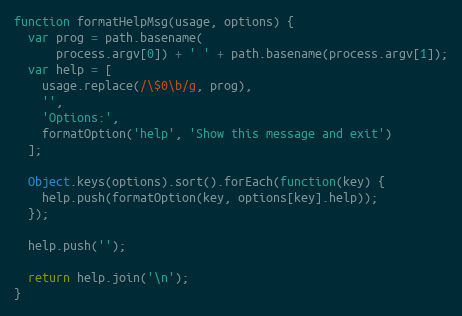
Language: JavaScript
function formatHelpMsg(usage, options) {
  var prog = path.basename(
      process.argv[0]) + ' ' + path.basename(process.argv[1]);
  var help = [
    usage.replace(/\$0\b/g, prog),
    '',
    'Options:',
    formatOption('help', 'Show this message and exit')
  ];

  Object.keys(options).sort().forEach(function(key) {
    help.push(formatOption(key, options[key].help));
  });

  help.push('');

  return help.join('\n');
}